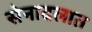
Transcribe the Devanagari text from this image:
सेनादलात